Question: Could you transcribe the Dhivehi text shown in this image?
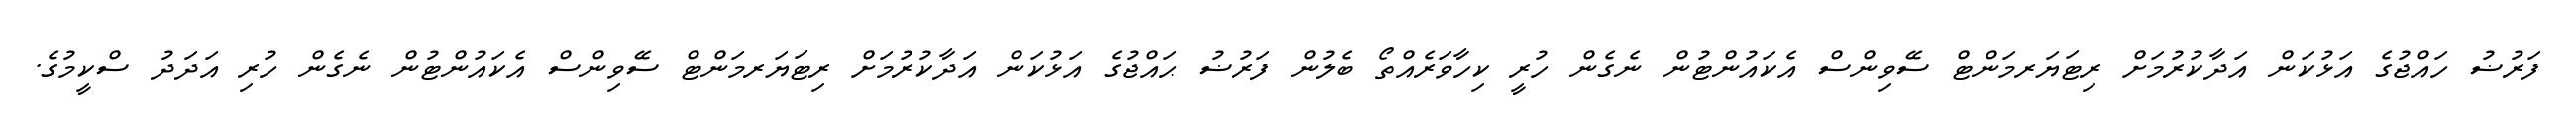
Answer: ފަރުޟު ހައްޖުގެ އަޅުކަން އަދާކުރުމަށް ރިޓަޔަރމަންޓް ސޭވިންސް އެކައުންޓުން ނެގެން ހުރީ ކިހާވަރެއްތޯ ބެލުން ފަރުޟު ޙައްޖުގެ އަޅުކަން އަދާކުރުމަށް ރިޓަޔަރމަންޓް ސޭވިންސް އެކައުންޓުން ނެގެން ހުރި އަދަދު ސްކީމުގެ.